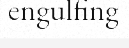
engulfing